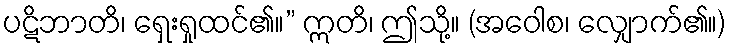
ပဋိဘာတိ၊ ရှေးရှုထင်၏။” ဣတိ၊ ဤသို့။ (အဝေါစ၊ လျှောက်၏။)